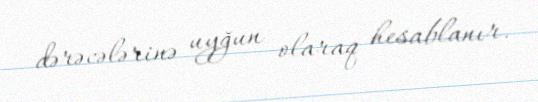
dərəcələrinə uyğun olaraq hesablanır.